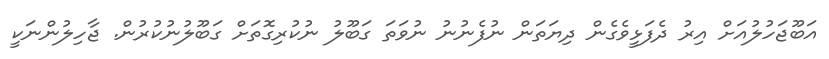
އަބޫޖަހުލުއަށް އިރު ދެފަޅީވެގެން ދިޔަތަން ނުފެނުނު ނުވަތަ ގަބޫލު ނުކުރިގޮތަށް ގަބޫލުނުކުރުން. ޖާހިލުންނަކީ